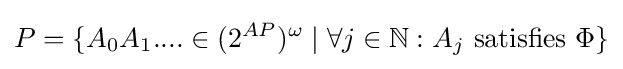
P=\{A_{0}A_{1}....\in (2^{AP})^{\omega }\mid \forall j\in \mathbb {N} :A_{j}\ {\text{satisfies}}\ \Phi \}